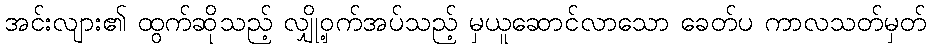
အင်းလျား၏ ထွက်ဆိုသည့် လျှို့ဝှက်အပ်သည့် မှယူဆောင်လာသော ခေတ်ပ ကာလသတ်မှတ်